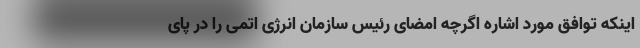
اینکه توافق مورد اشاره اگرچه امضای رئیس ‌سازمان انرژی اتمی را در پای